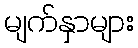
မျက်နှာများ